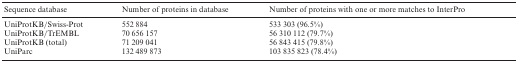
<table><thead><tr><td><b>Sequence database</b></td><td><b>Number of proteins in database</b></td><td><b>Number of proteins with one or more matches to InterPro</b></td></tr></thead><tbody><tr><td>UniProtKB/Swiss-Prot</td><td>552 884</td><td>533 303 (96.5%)</td></tr><tr><td>UniProtKB/TrEMBL</td><td>70 656 157</td><td>56 310 112 (79.7%)</td></tr><tr><td>UniProtKB (total)</td><td>71 209 041</td><td>56 843 415 (79.8%)</td></tr><tr><td>UniParc</td><td>132 489 873</td><td>103 835 823 (78.4%)</td></tr></tbody></table>